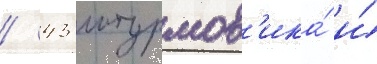
/ 43 штурмов'ика́ и́